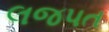
લજપત